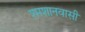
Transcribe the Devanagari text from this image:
श्मशानवासी